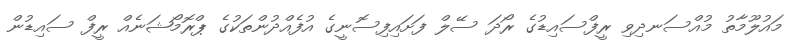
މައުލޫމާތު މުއްސަނދިވި ރީފްސައިޑުގެ ރޯދަ ސޭލް ފަށައިފިސޮނީގެ އުފެއްދުންތަކުގެ ޕްރޮމޯޝަނެއް ރީފް ސައިޑުން